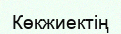
Көкжиектің